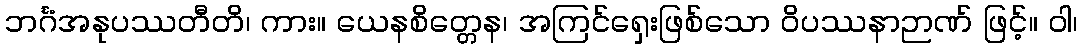
ဘင်္ဂံအနုပဿတီတိ၊ ကား။ ယေနစိတ္တေန၊ အကြင်ရှေးဖြစ်သော ဝိပဿနာဉာဏ် ဖြင့်။ ဝါ၊